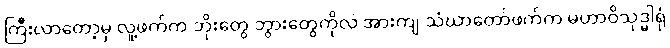
ကြီးလာတော့မှ လူ့ဖက်က ဘိုးတွေ ဘွားတွေကိုလဲ အားကျ သံဃာတော်ဖက်က မဟာဝိသုဒ္ဓါရုံ